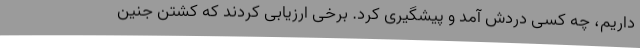
داریم، چه کسی دردش آمد و پیشگیری کرد. برخی ارزیابی کردند که کشتن جنین